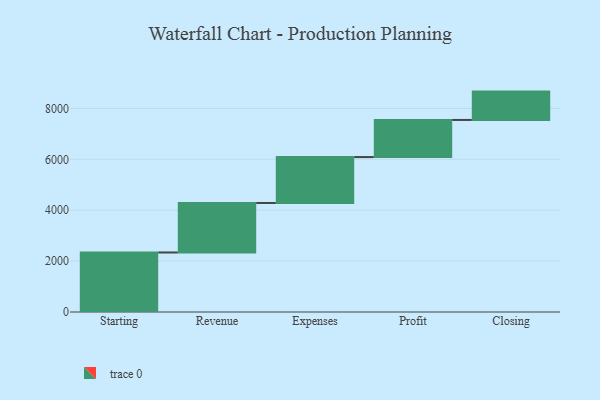
{"axis": {"x": "Step", "y": "Value"}, "legend": [""], "data": [{"x": "Starting", "y": 2339.0, "type": ""}, {"x": "Revenue", "y": 1946.0, "type": ""}, {"x": "Expenses", "y": 1804.0, "type": ""}, {"x": "Profit", "y": 1459.0, "type": ""}, {"x": "Closing", "y": 1114.0, "type": ""}]}